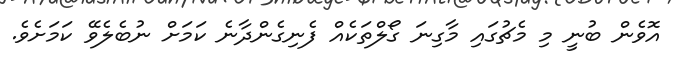
އޮވެން ބުނީ މި މެޗުގައި މާގިނަ ގޯލްތަކެއް ފެނިގެންދާނެ ކަމަށް ނުބެލެވޭ ކަމަށެވެ.